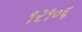
૧૨૧૦૬